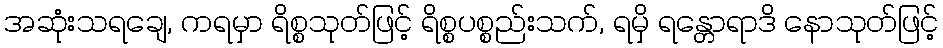
အဆုံးသရချေ, ကရမှာ ရိစ္စသုတ်ဖြင့် ရိစ္စပစ္စည်းသက်, ရမှိ ရန္တောရာဒိ နောသုတ်ဖြင့်